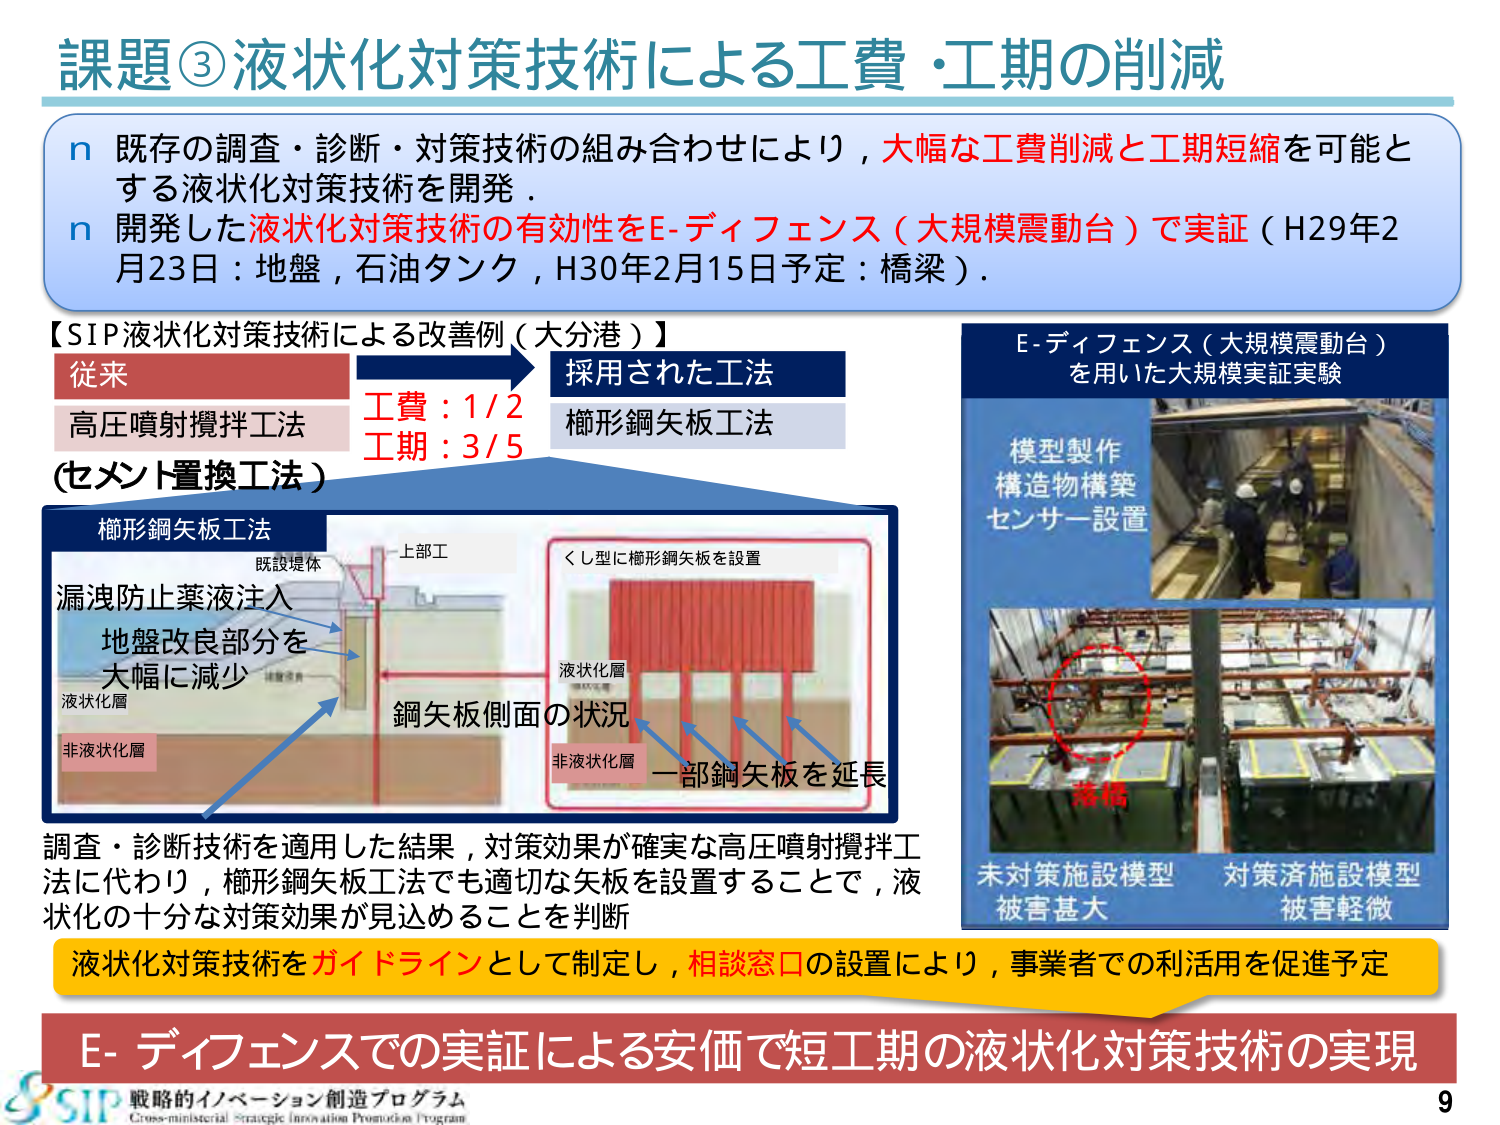
課題③液状化対策技術による工費・工期の削減

n 既存の調査・診断・対策技術の組み合わせにより，大幅な工費削減と工期短縮を可能とする液状化対策技術を開発．
n 開発した液状化対策技術の有効性をE-ディフェンス（大規模震動台）で実証（H29年2月23日：地盤，石油タンク，H30年2月15日予定：橋梁）．

【SIP液状化対策技術による改善例（大分港）】
従来
高圧噴射攪拌工法
（セメント置換工法）
工費：1/2
工期：3/5
採用された工法
櫛形鋼矢板工法

櫛形鋼矢板工法
既設堤体
上部工
漏洩防止薬液注入
地盤改良部分を
大幅に減少
液状化層
非液状化層
鋼矢板側面の状況
くし型に櫛形鋼矢板を設置
液状化層
非液状化層
一部鋼矢板を延長

調査・診断技術を適用した結果，対策効果が確実な高圧噴射攪拌工法に代わり，櫛形鋼矢板工法でも適切な矢板を設置することで，液状化の十分な対策効果が見込めることを判断

液状化対策技術をガイドラインとして制定し，相談窓口の設置により，事業者での利活用を促進予定

E-ディフェンス（大規模震動台）
を用いた大規模実証実験
模型製作
構造物構築
センサー設置
落橋
未対策施設模型
被害甚大
対策済施設模型
被害軽微

E-ディフェンスでの実証による安価で短工期の液状化対策技術の実現

戦略的イノベーション創造プログラム
Cross-ministerial Strategic Innovation Promotion Program
9